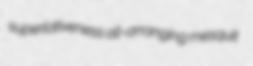
superlativeness all-arranging mesquit